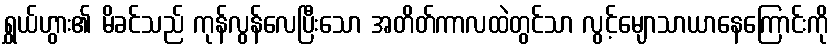
ရွှယ်ဟွား၏ မိခင်သည် ကုန်လွန်လေပြီးသော အတိတ်ကာလထဲတွင်သာ လွင့်မျောသာယာနေကြောင်းကို